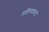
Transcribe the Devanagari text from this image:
प्रतिरुपकता